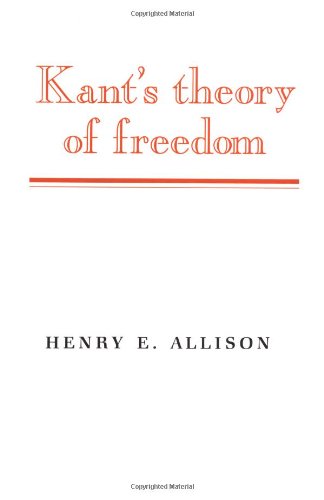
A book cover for Kant's Theory of Freedom; Henry E. Allison; Politics & Social Sciences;